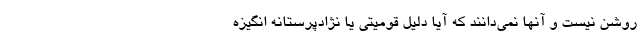
روشن نیست و آنها نمی‌دانند که آیا دلیل قومیتی یا نژادپرستانه انگیزه